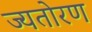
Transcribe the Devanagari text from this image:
ज्यतोरण